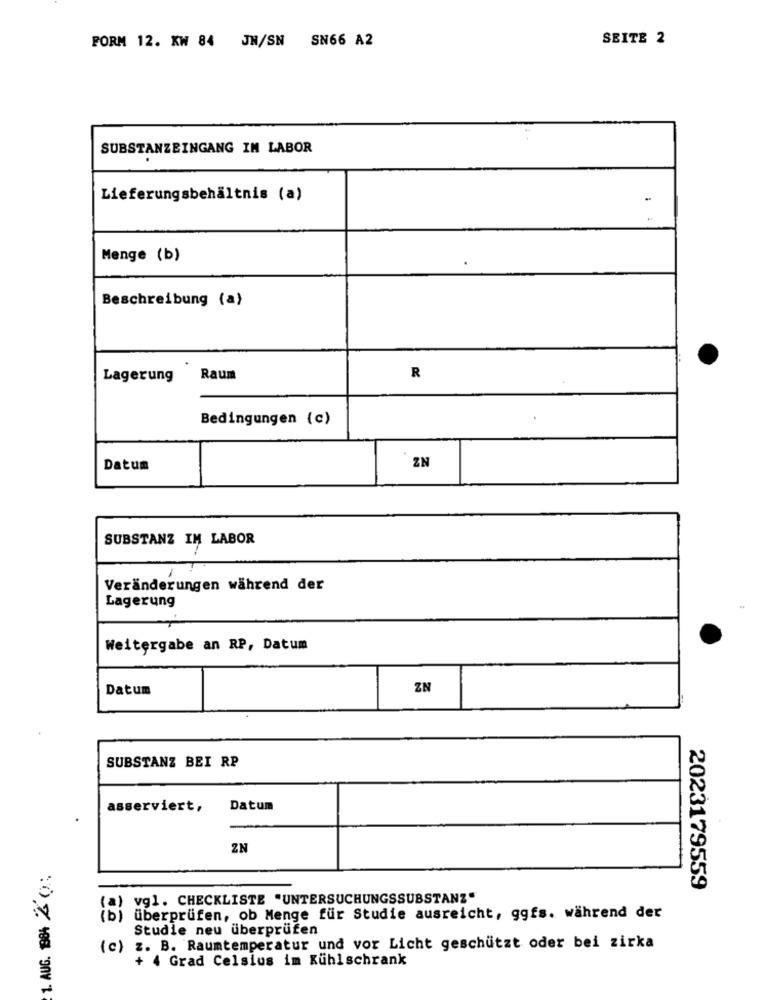
FORM 12. KW 84 JN/SN SN66 A2
SEITE 2
SUBSTANZEINGANG IM LABOR
Lieferungsbehältnis (a)
Menge (b)
Beschreibung (a)
Lagerung
Raum
R
Bedingungen (c)
ZN
Datum
SUBSTANZ IM LABOR
Veränderungen während der
Lagerung
Weitergabe an RP, Datum
Datum
ZN
SUBSTANZ BEI RP
asserviert,
Datum
ZN
1. AUG. 1984 % ();
2023179559
(a) vgl. CHECKLISTE "UNTERSUCHUNGSSUBSTANZ"
(b) überprüfen, ob Menge für Studie ausreicht, ggfs. während der
Studie neu überprüfen
(c) z. B. Raumtemperatur und vor Licht geschützt oder bei zirka
+ 4 Grad Celsius im Kühlschrank